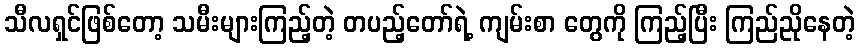
သီလရှင်ဖြစ်တော့ သမီးများကြည့်တဲ့ တပည့်တော်ရဲ့ ကျမ်းစာ တွေကို ကြည့်ပြီး ကြည်ညိုနေတဲ့